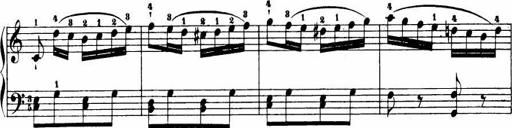
Title: Le bouquetier
Composer: Anton Diabelli
Key: G major
 C major
 F major
 C major